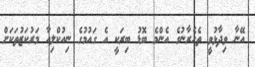
އޭނާ ވިދާޅުވީ ތެހެރާނުގެ އެންމެ ބޮޑު ބިރަކީ އެ ގައުމުގެ ނިއުކްލިއާ މަރުކަޒުތަކަށް